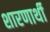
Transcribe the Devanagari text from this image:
शारणार्थी